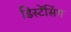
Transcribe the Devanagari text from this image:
डिस्टेंसिंग